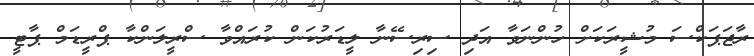
ރާޖަޕަކްސަ މުޝީރަކަށް ހުންނަވާ އަދި ސިރިސޭނާ ލީޑަރުކަން ކުރައްވާ ސްރީލަންކާ ޕްރީޑަމް ޕާޓީ